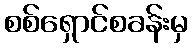
စစ်ရှောင်စခန်းမှ